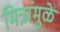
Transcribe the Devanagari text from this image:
मित्रांमुळे